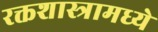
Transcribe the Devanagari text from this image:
रक्तशास्त्रामध्ये